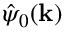
{ \hat { \psi } } _ { 0 } ( \mathbf { k } )